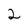
Character: 2